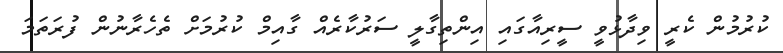
ކުރުމުން ކެރީ ވިދާޅުވީ ސީރިއާގައި އިންތިގާލީ ސަރުކާރެއް ގާއިމް ކުރުމަށް ތެހެރާނުން ފުރަތަމަ